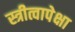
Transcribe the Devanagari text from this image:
स्त्रीत्वापेक्षा